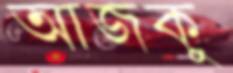
আজকু